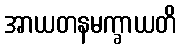
အာယတနမက္ခာယတိ